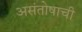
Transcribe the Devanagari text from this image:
असंतोषाची